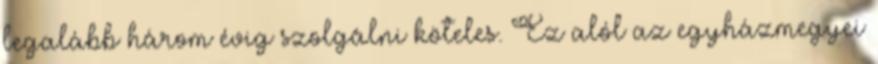
legalább három évig szolgálni köteles. Ez alól az egyházmegyei